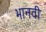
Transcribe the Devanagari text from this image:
भानवी